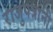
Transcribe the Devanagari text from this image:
राजुपत्रांनी